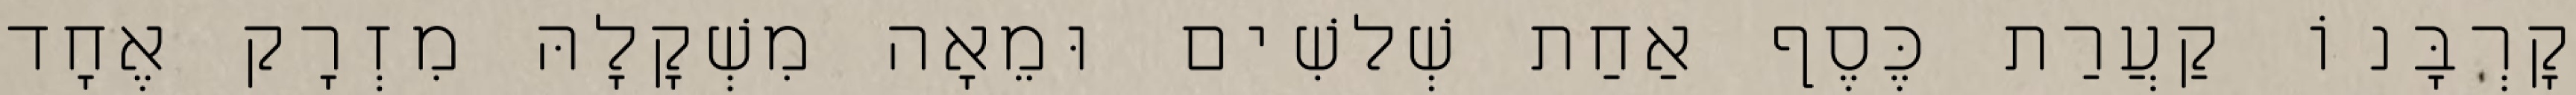
קָרְבָּנוֹ קַעֲרַת כֶּסֶף אַחַת שְׁלשִׁים וּמֵאָה מִשְׁקָלָהּ מִזְרָק אֶחָד